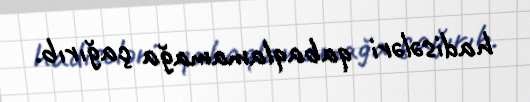
hadisələri qabaqlamamağa çağırıb.